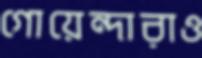
গোয়েন্দারাও